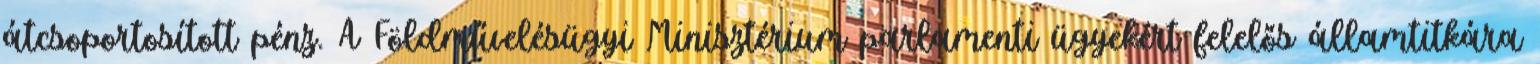
átcsoportosított pénz. A Földművelésügyi Minisztérium parlamenti ügyekért felelős államtitkára